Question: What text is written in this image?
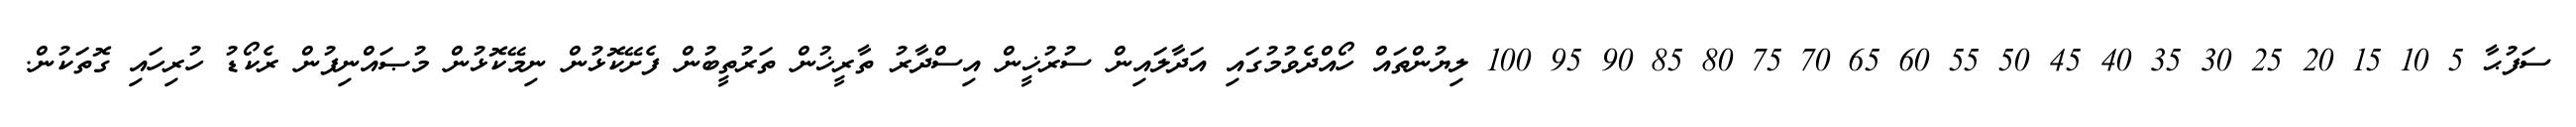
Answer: ސަފުޙާ 5 10 15 20 25 30 35 40 45 50 55 60 65 70 75 80 85 90 95 100 ލިޔުންތައް ހޯއްދެވުމުގައި އަދާލައިން ސުރުޚީން އިސްދާރު ތާރީޚުން ތަރުތީބުން ފެށޭކޮޅުން ނިމޭކޮޅުން މުޞައްނިފުން ރެކޯޑު ހުރިހައި ގޮތަކުން.